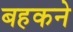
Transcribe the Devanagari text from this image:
बहकने